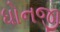
ધોનજી